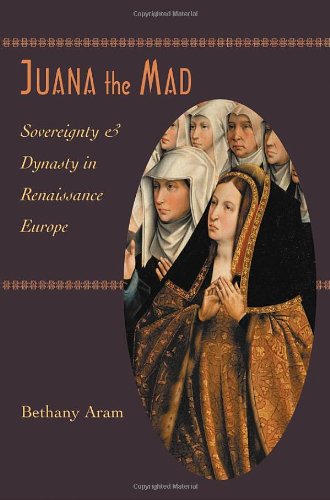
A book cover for Juana the Mad: Sovereignty and Dynasty in Renaissance Europe (The Johns Hopkins University Studies in Historical and Political Science); Bethany Aram; Biographies & Memoirs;